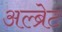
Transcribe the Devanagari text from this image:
अल्ब्रेट